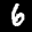
Label: 6